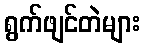
ရွက်ဖျင်တဲများ